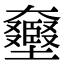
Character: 𡚛